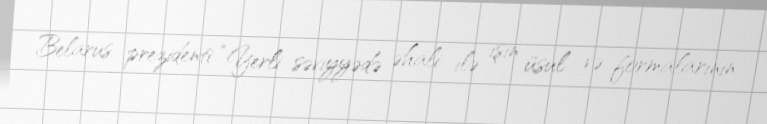
Belarus prezidenti “Yerli səviyyədə əhali ilə işin üsul və formalarının